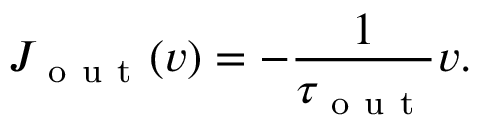
J _ { \mathrm { ~ o ~ u ~ t ~ } } ( v ) = - \frac { 1 } { \tau _ { \mathrm { ~ o ~ u ~ t ~ } } } v .